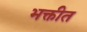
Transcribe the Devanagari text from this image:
भक्तीत